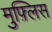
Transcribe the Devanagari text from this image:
मुफ़्लिस